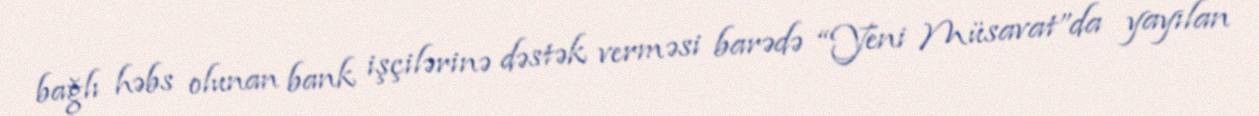
bağlı həbs olunan bank işçilərinə dəstək verməsi barədə “Yeni Müsavat”da yayılan